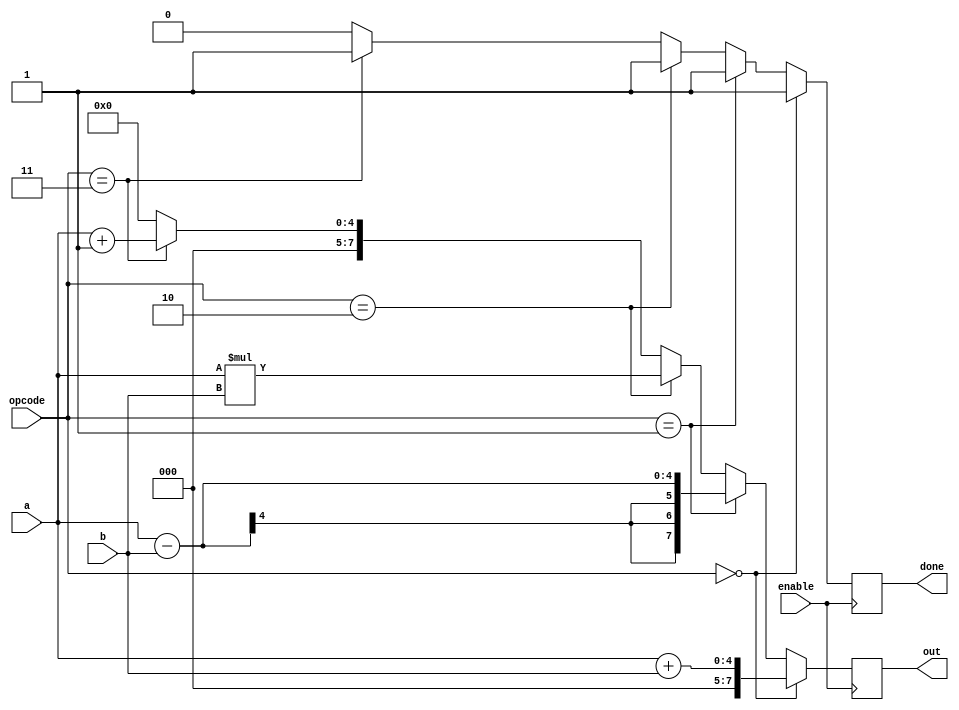
module alu(input [3:0]a, input [3:0]b, input [1:0]opcode, input enable, output reg [7:0]out, output reg done);
always@(posedge enable)
begin
done =0;
out=0;
if (opcode==2'b00) begin
out= a+b;done =1;
end
else if (opcode==2'b01) begin
out= a-b; done =1;end
else if (opcode==2'b10) begin
out= a*b; done =1;end
else if (opcode==2'b11) begin
out=a+1; done =1;end

end

endmodule

module alu_tb();
reg [3:0]a; reg [3:0]b; reg [1:0]opcode; reg enable; 
wire [7:0]out; wire done;
alu u1(.a(a), .b(b), .opcode(opcode), .enable(enable), .out(out), .done(done));

initial begin
	$dumpfile("alutest.vcd");
	$dumpvars(-1, u1);
end
always begin
enable = ~enable;#5;
end
initial begin
a=4'b100; b=4'b010; opcode=2'b00;enable=0;#10;
a=4'b100; b=4'b010; opcode=2'b00;#10;
a=4'b100; b=4'b010; opcode=2'b01;#10;
a=4'b100; b=4'b010; opcode=2'b10;#10;
a=4'b100; b=4'b010; opcode=2'b11;#10;
#10 $finish;
end

endmodule